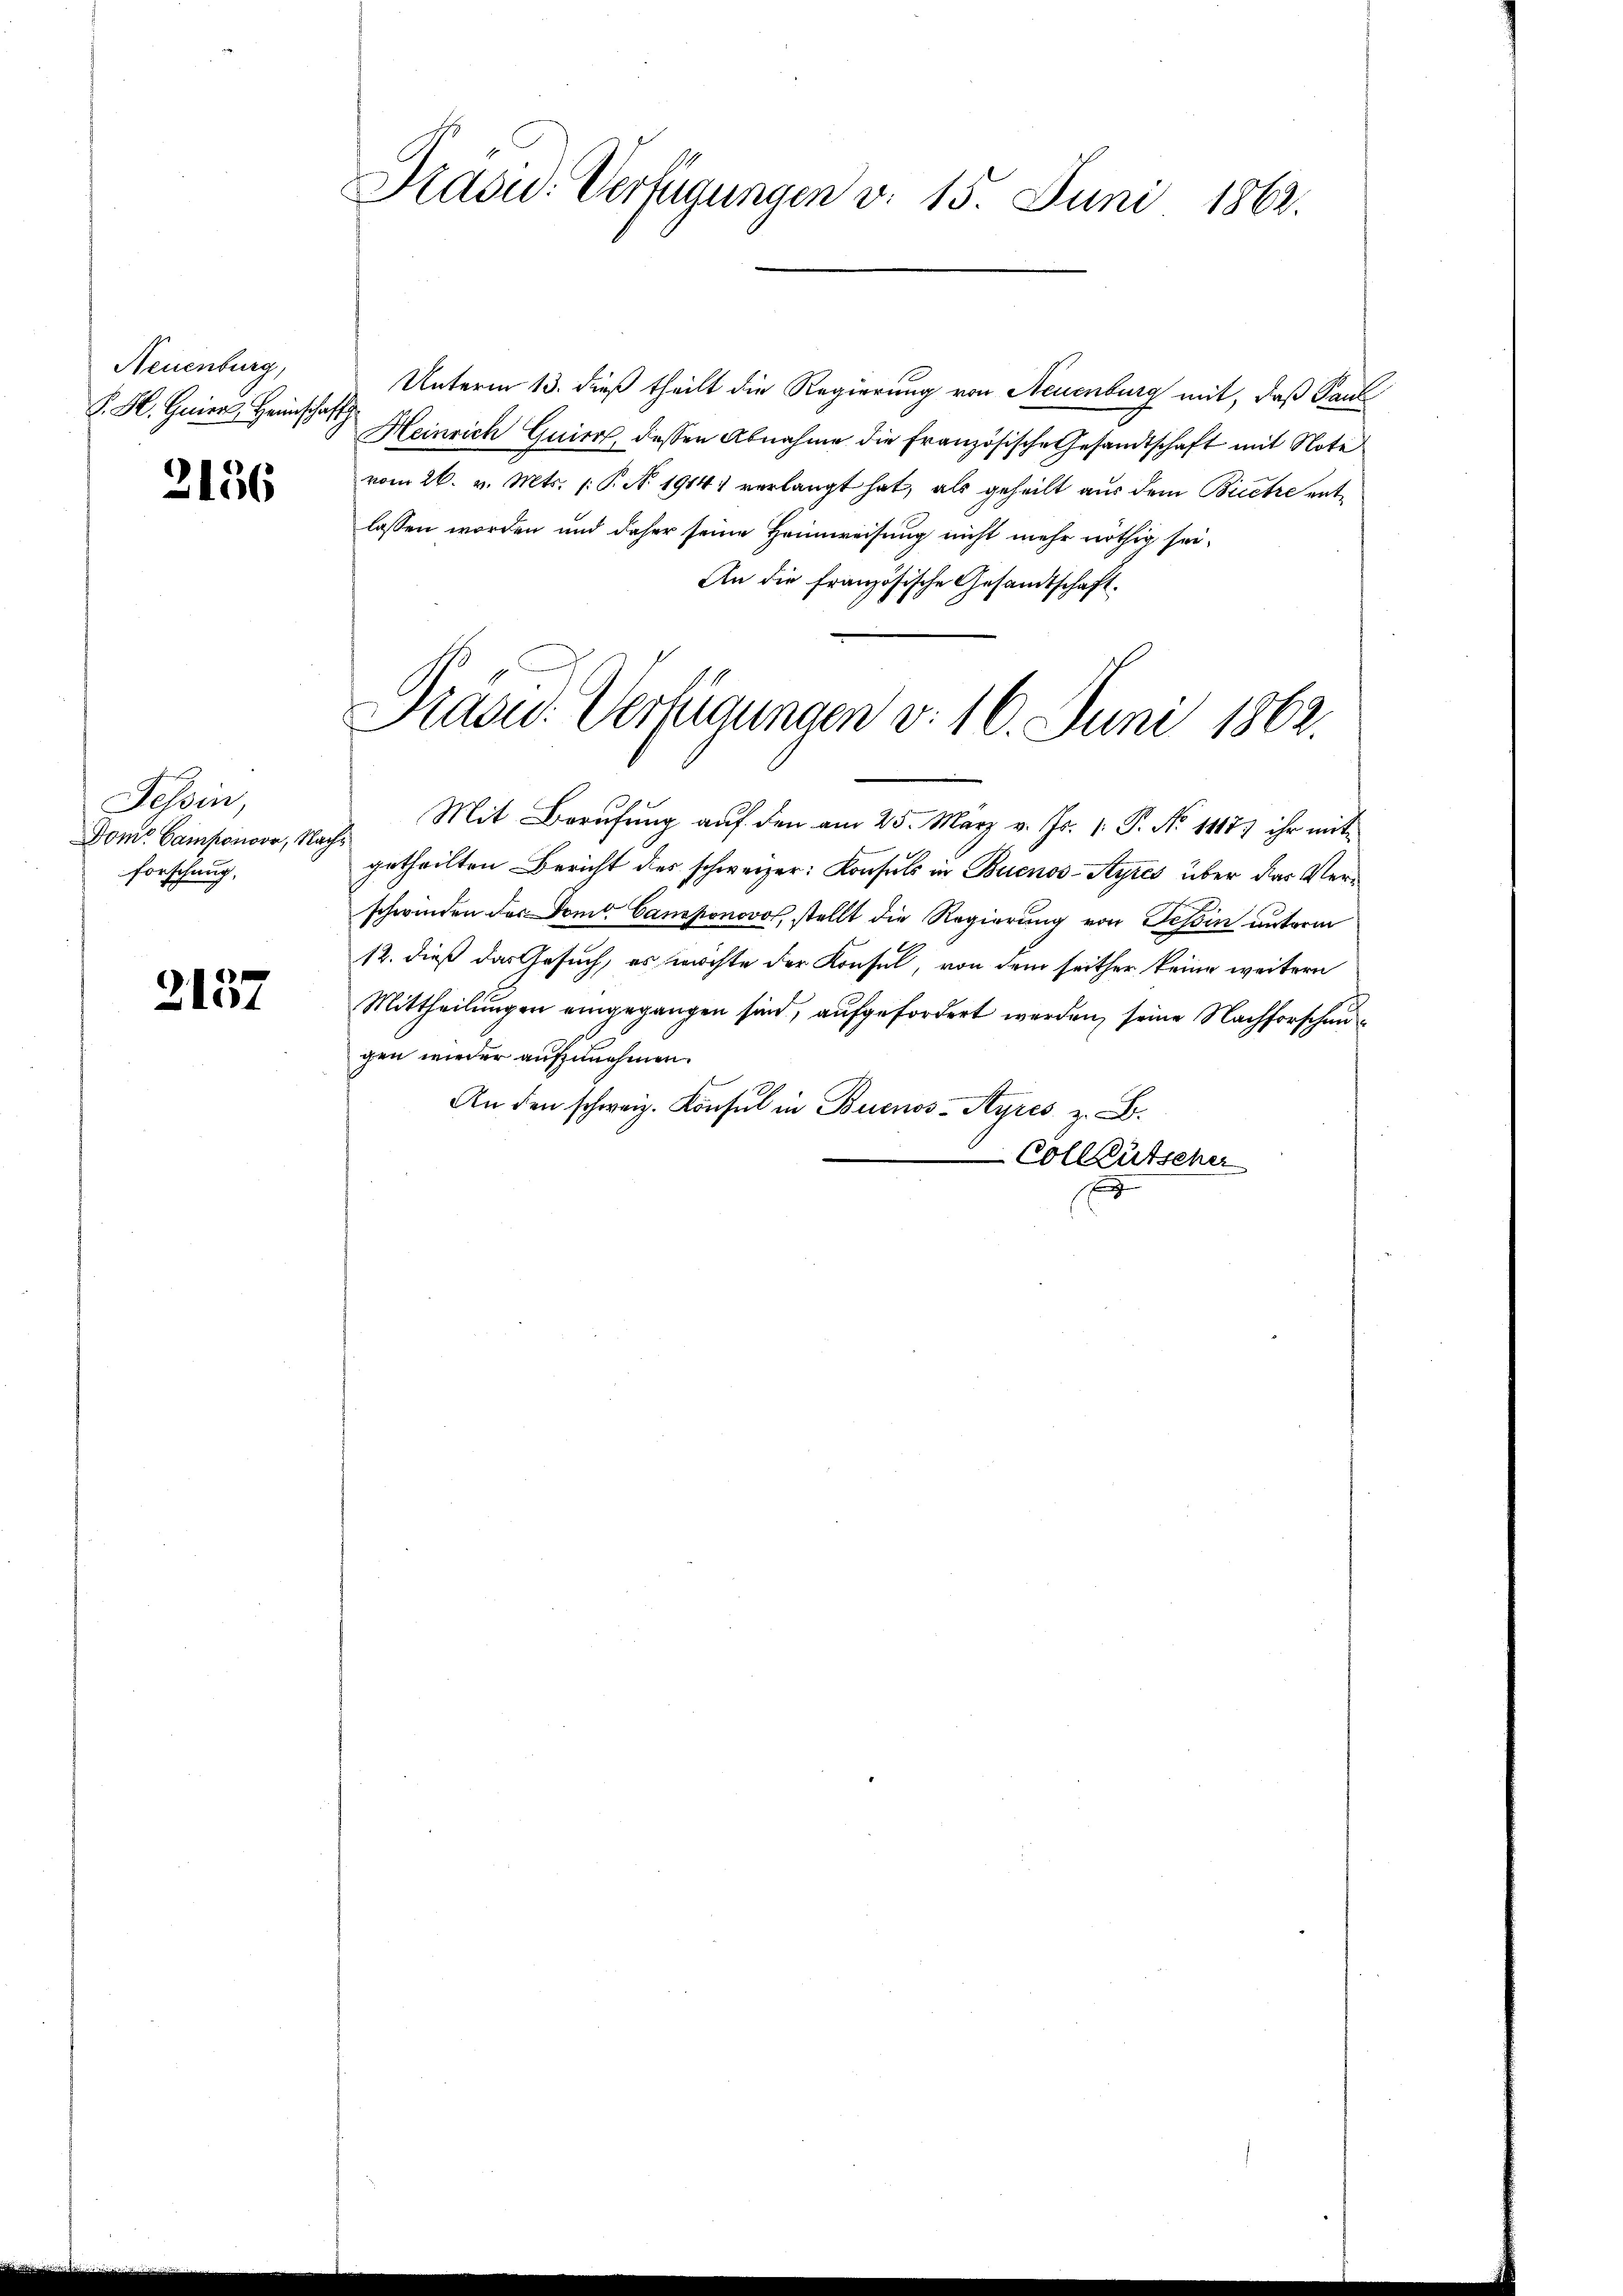
Neuenburg,
K. H. Gener Heinscha

2136

Tessin,
Dom. Camponoor, Nachforschung,

2157

Sadu. Verfügungen v. 15. Juni 1862.

z Unterm 13. dieß theilt die Regierung von Neuenburg mit, daß Paul
Heinrich Quirg, dessen Abnahme die französische Gesandtschaft mit Note
vom 26. v. Mts. (: P. N. 1914 verlangt hat, als geheilt aus dem Biete entlassen worden und daher seine Heimweisung nicht mehr nöthig sei¬
An die französische Gesandtschaft.

Präsid. Vertigungen v. 16. Juni 1862.

Mit Berufung auf den am 25. März v. Js. 1. P. No 1417) ihr mit
getheilten Bericht des schweizer: Konsuls in Buenos-Ayres über das Verschwinden des Dom. Camponovos, stellt die Regierung von Tessin unterm
12. dieß das Gesuch, es möchte der Konsul, von dem seither keine weitern
Mittheilungen eingegangen sind, aufgefordert werden, seine Nachforschengen wieder aufzunehmen.
An den schweiz. Konsul in Buenos-Ayres z. B.
Collgütscher